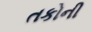
તકોની